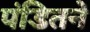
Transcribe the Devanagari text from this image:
पंडितने